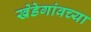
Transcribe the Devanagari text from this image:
खेडेगांवच्या